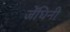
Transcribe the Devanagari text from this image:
जेंघिनी